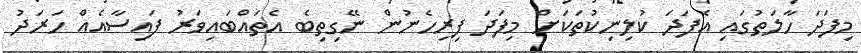
މިފަދަ ހާލަތުގައި އެފަދަ ކުލިނިކުތަކަށް މިފަދަ ފިރިހެނުން ނޭގިތިބެ އެތައްބައިވަރު ފައިސާއެއް ހަރަދު